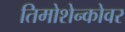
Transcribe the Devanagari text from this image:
तिमोशेन्कोवर